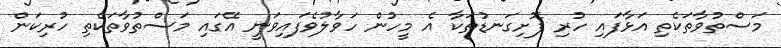
މަސްތުވާތަކެތި އަޅާފައި ހުރި ފޮށިގަނޑުތަކާ އެ މީހުން ހަވާލުވެފައިވަނީ އޭގައި މަސްތުވާތަކެތި ހުރިކަން